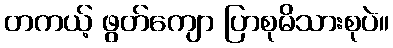
တကယ့် ဖွတ်ကျော ပြာစုမိသားစုပဲ။